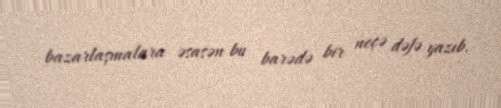
bazarlaşmalara əsasən bu barədə bir neçə dəfə yazıb.